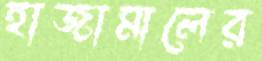
হাজামালের